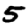
Digit: 5